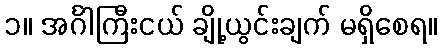
၁။ အင်္ဂါကြီးငယ် ချို့ယွင်းချက် မရှိစေရ။